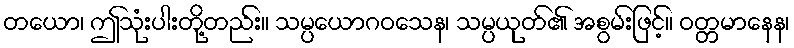
တယော၊ ဤသုံးပါးတို့တည်း။ သမ္ပယောဂဝသေန၊ သမ္ပယုတ်၏ အစွမ်းဖြင့်။ ဝတ္တမာနေန၊